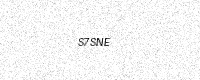
Text: S7SNE